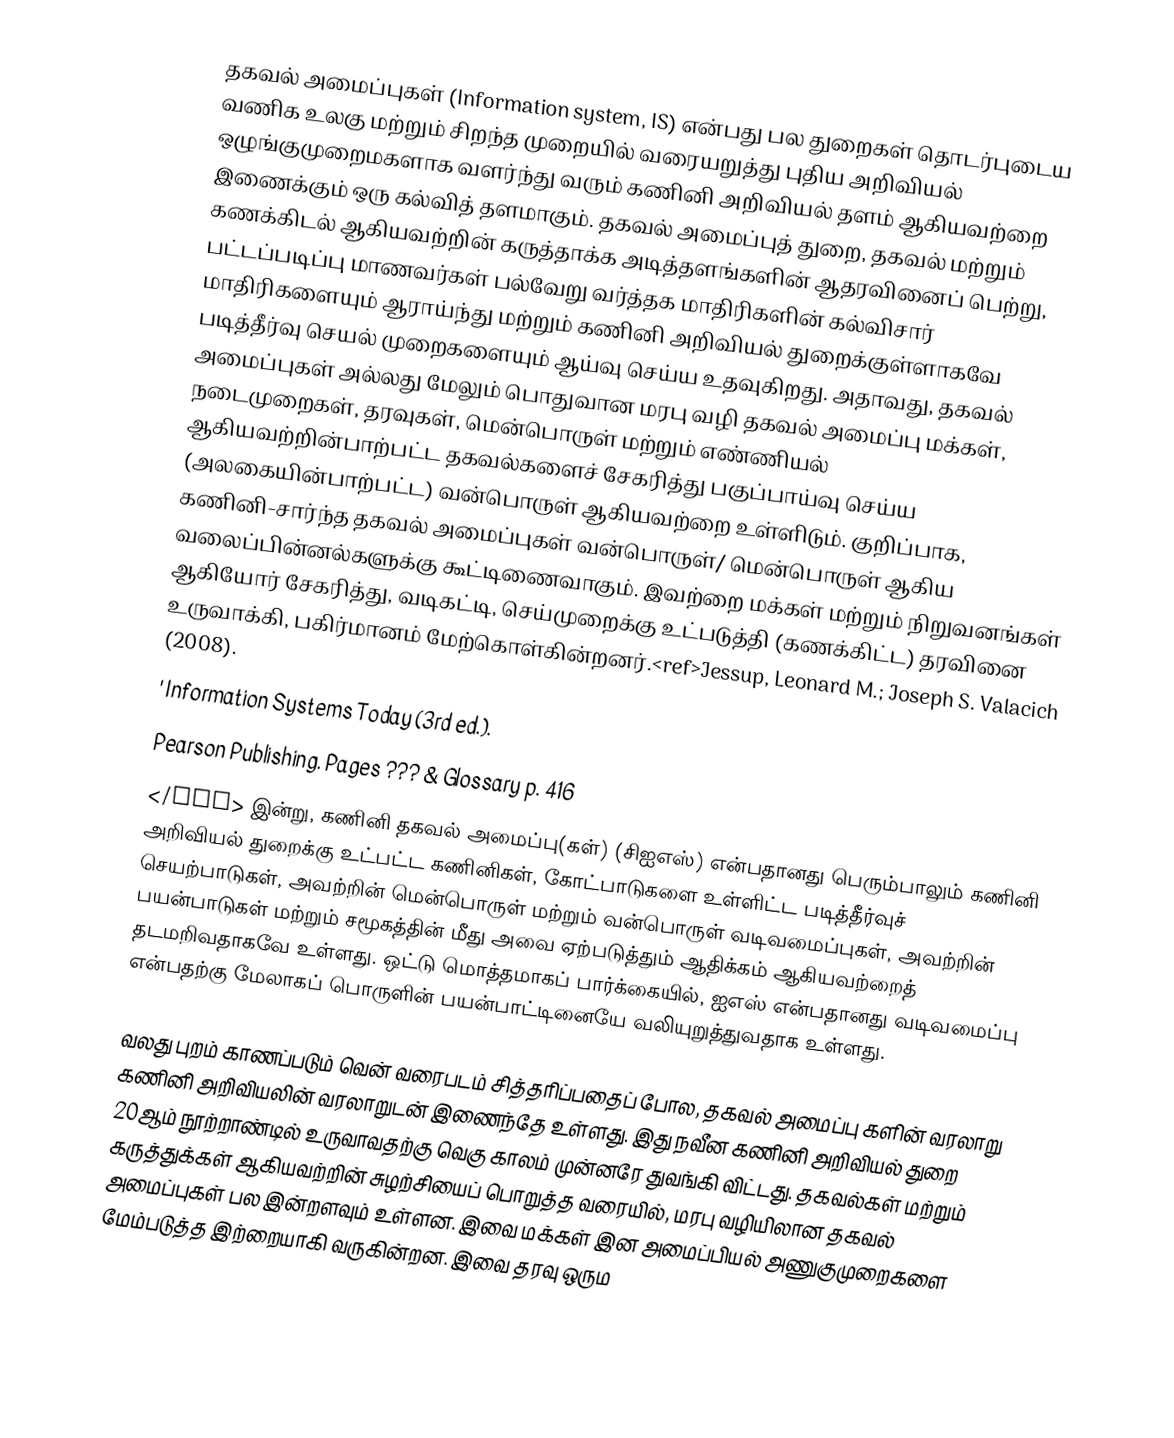
தகவல் அமைப்புகள் (Information system, IS) என்பது பல துறைகள் தொடர்புடைய வணிக உலகு மற்றும் சிறந்த முறையில் வரையறுத்து புதிய அறிவியல் ஒழுங்குமுறைமகளாக வளர்ந்து வரும் கணினி அறிவியல் தளம் ஆகியவற்றை இணைக்கும் ஒரு கல்வித் தளமாகும். தகவல் அமைப்புத் துறை, தகவல் மற்றும் கணக்கிடல் ஆகியவற்றின் கருத்தாக்க அடித்தளங்களின் ஆதரவினைப் பெற்று, பட்டப்படிப்பு மாணவர்கள் பல்வேறு வர்த்தக மாதிரிகளின் கல்விசார் மாதிரிகளையும் ஆராய்ந்து மற்றும் கணினி அறிவியல் துறைக்குள்ளாகவே படித்தீர்வு செயல் முறைகளையும் ஆய்வு செய்ய உதவுகிறது. அதாவது, தகவல் அமைப்புகள் அல்லது மேலும் பொதுவான மரபு வழி தகவல் அமைப்பு மக்கள், நடைமுறைகள், தரவுகள், மென்பொருள் மற்றும் எண்ணியல் ஆகியவற்றின்பாற்பட்ட தகவல்களைச் சேகரித்து பகுப்பாய்வு செய்ய (அலகையின்பாற்பட்ட) வன்பொருள் ஆகியவற்றை உள்ளிடும். குறிப்பாக, கணினி-சார்ந்த தகவல் அமைப்புகள் வன்பொருள்/ மென்பொருள் ஆகிய வலைப்பின்னல்களுக்கு கூட்டிணைவாகும். இவற்றை மக்கள் மற்றும் நிறுவனங்கள் ஆகியோர் சேகரித்து, வடிகட்டி, செய்முறைக்கு உட்படுத்தி (கணக்கிட்ட) தரவினை உருவாக்கி, பகிர்மானம் மேற்கொள்கின்றனர்.<ref>Jessup, Leonard M.; Joseph S. Valacich (2008).
 ' Information Systems Today (3rd ed.).
Pearson Publishing. Pages ??? & Glossary p. 416
</ref> இன்று, கணினி தகவல் அமைப்பு(கள்) (சிஐஎஸ்) என்பதானது பெரும்பாலும் கணினி அறிவியல் துறைக்கு உட்பட்ட கணினிகள், கோட்பாடுகளை உள்ளிட்ட படித்தீர்வுச் செயற்பாடுகள், அவற்றின் மென்பொருள் மற்றும் வன்பொருள் வடிவமைப்புகள், அவற்றின் பயன்பாடுகள் மற்றும் சமூகத்தின் மீது அவை ஏற்படுத்தும் ஆதிக்கம் ஆகியவற்றைத் தடமறிவதாகவே உள்ளது. ஒட்டு மொத்தமாகப் பார்க்கையில், ஐஎஸ் என்பதானது வடிவமைப்பு என்பதற்கு மேலாகப் பொருளின் பயன்பாட்டினையே வலியுறுத்துவதாக உள்ளது.

வலது புறம் காணப்படும் வென் வரைபடம் சித்தரிப்பதைப் போல, தகவல் அமைப்பு களின் வரலாறு கணினி அறிவியலின் வரலாறுடன் இணைந்தே உள்ளது. இது நவீன கணினி அறிவியல் துறை 20ஆம் நூற்றாண்டில் உருவாவதற்கு வெகு காலம் முன்னரே துவங்கி விட்டது. தகவல்கள் மற்றும் கருத்துக்கள் ஆகியவற்றின் சுழற்சியைப் பொறுத்த வரையில், மரபு வழியிலான தகவல் அமைப்புகள் பல இன்றளவும் உள்ளன. இவை மக்கள் இன அமைப்பியல் அணுகுமுறைகளை மேம்படுத்த இற்றையாகி வருகின்றன. இவை தரவு ஒரும